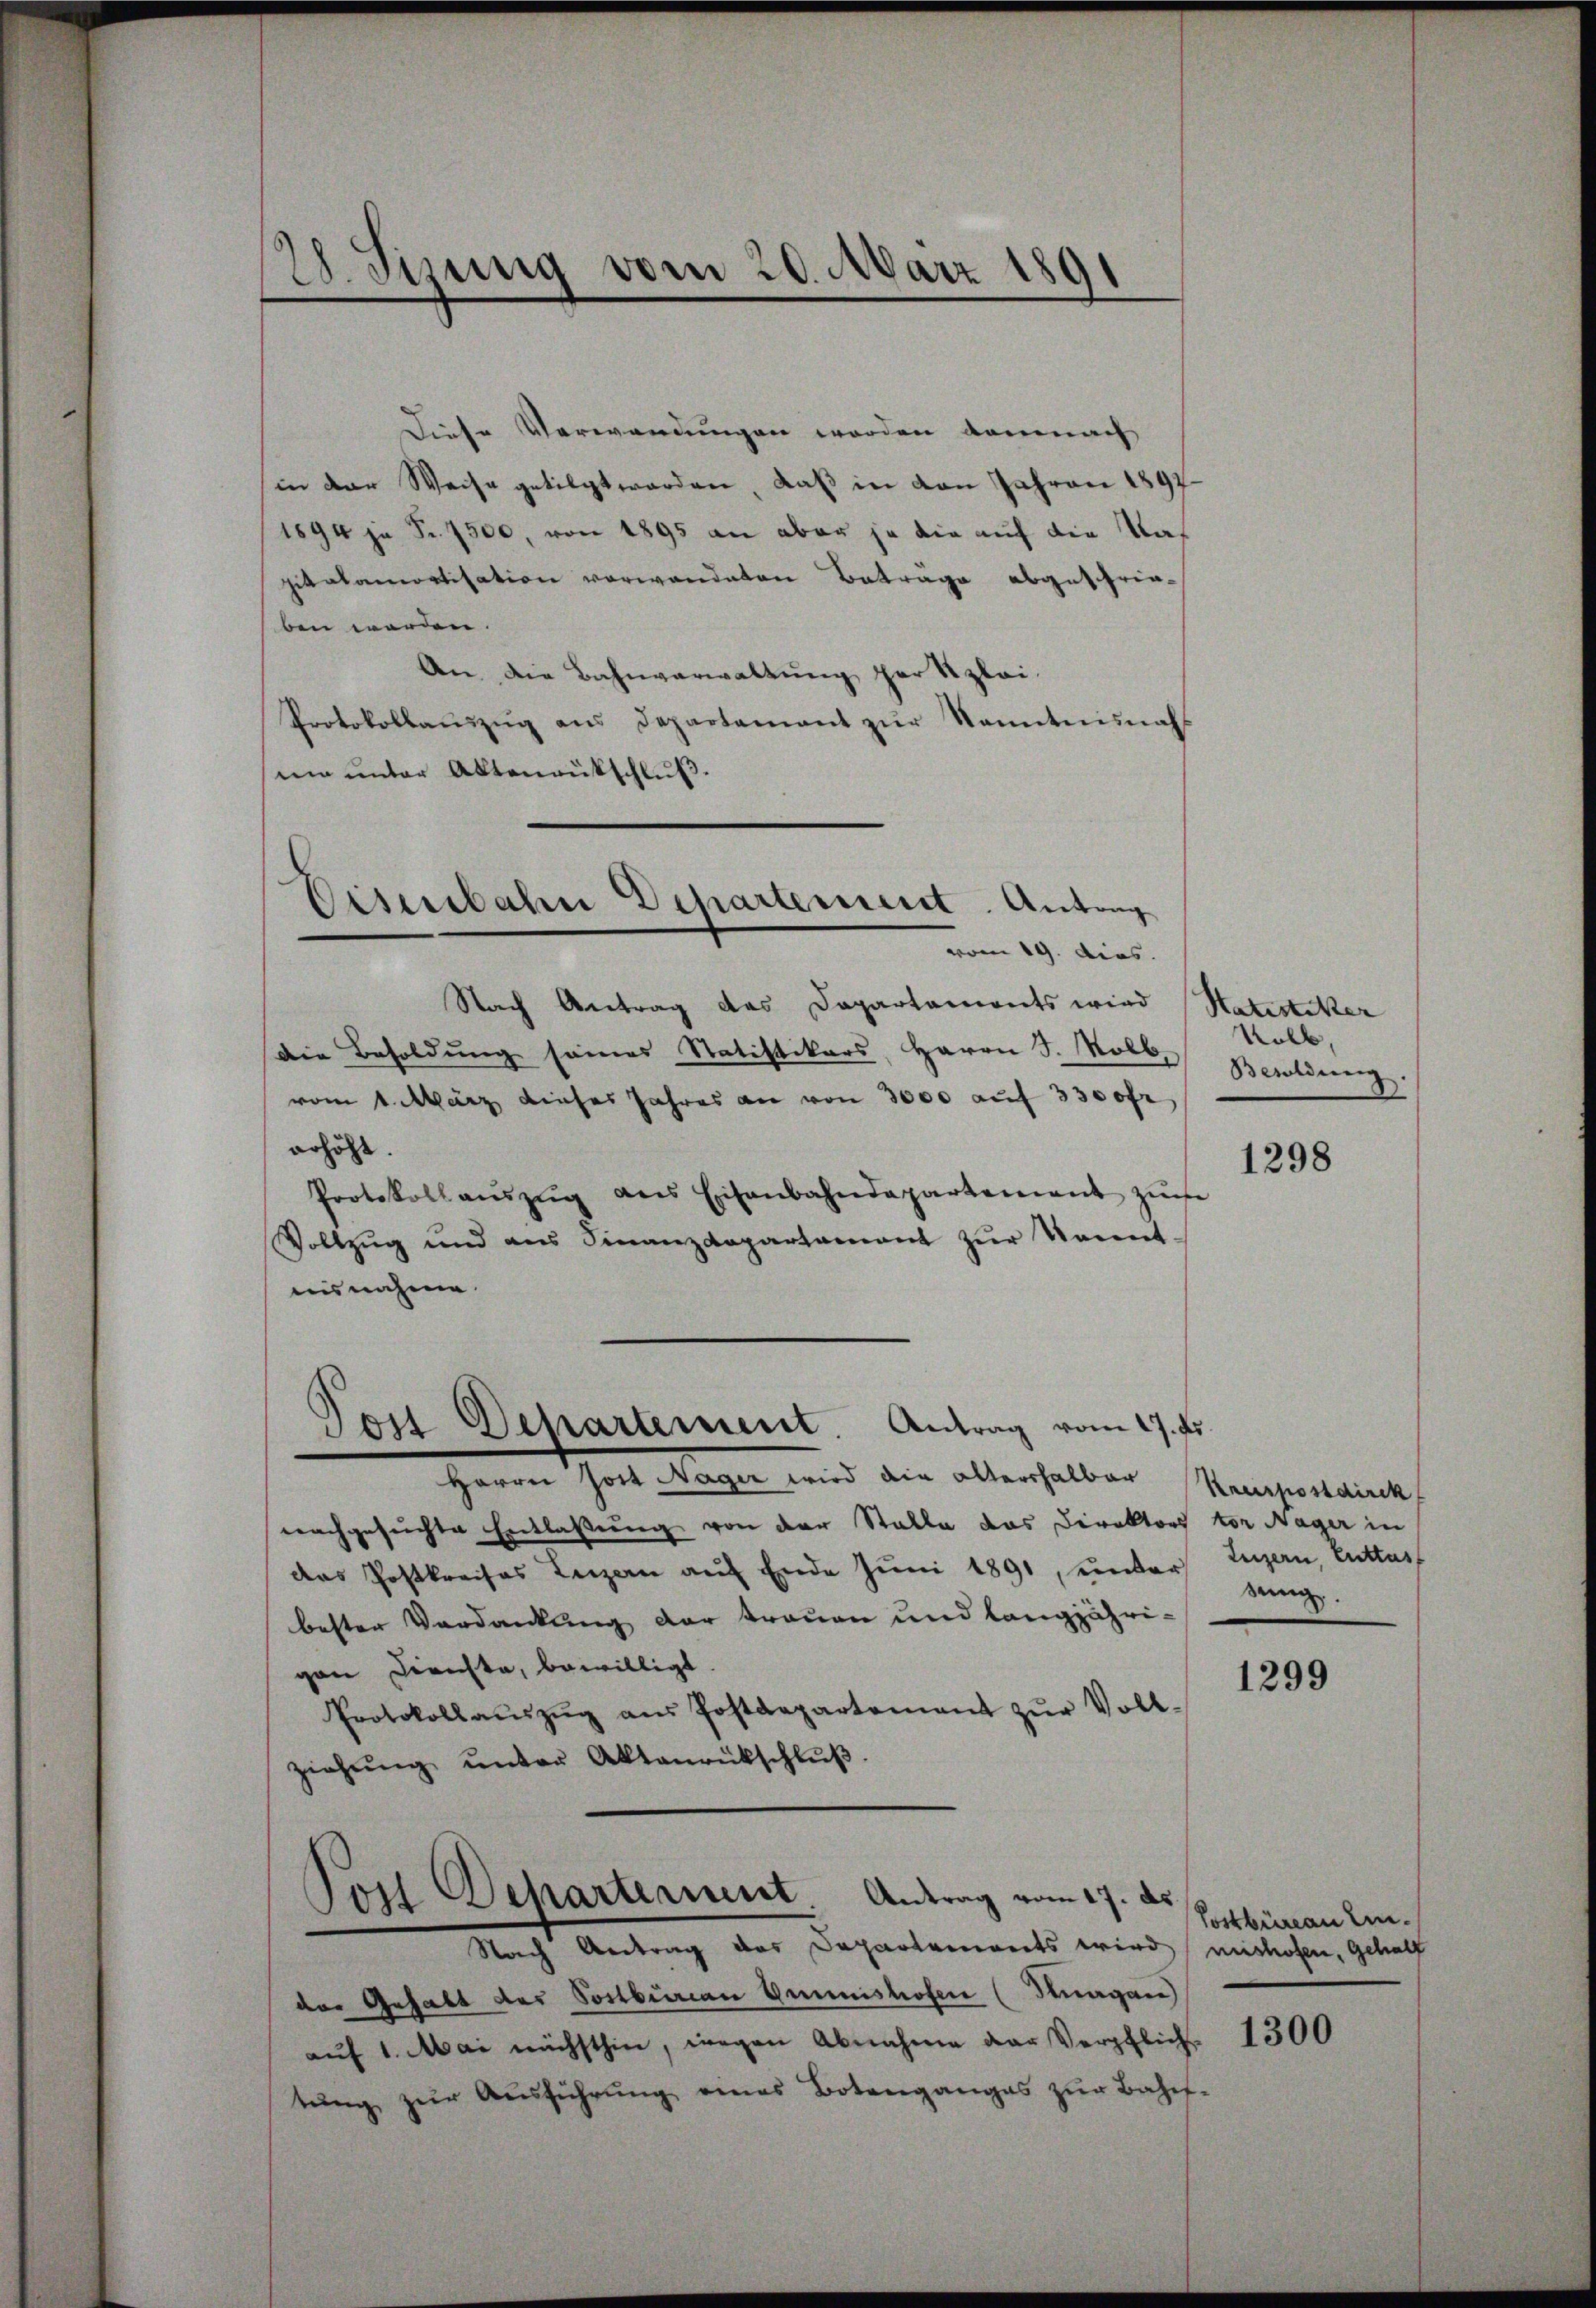
28. Sizung vom 20. März 1891

Diese Verwandungen worden demnach
in der Weise getilgt worden, daß in von Jahren 1897
1894 je Fr. 7500, von 1895 an aber ja die auf die Tas
pitalamortisation vorwandeten Betrage abgeschrieben werden.
An. Die Bahnverwaltung der Szlai.
Protokollaŭszŭg ans Departamant zŭr Sonntnisnah
ma unter Aktenrütschluß

Nach Antrag das Dapartaments wird Satistiker
Die Besoldung seines Statistikars, Herrn J. Kolb,
vom 1. März dieses Jahres an von 3000 auf 3300fr
erhöht.
Protokoll aŭszŭg ans Eisenbahndepartement zŭ
Vollzug und ans Finanzdepartament zŭr Nament.
aisnahme.

Cisenbahn Departement. Antrag
vom 19. dies.

Post Departement. Antrag vom 17. fs.

Herrn Jost Nager wird die altershalbar Kreispostdirek
nachgesuchte Entlaßung von der Stalle das Direktors vor Nager in
das Postkreises Luzern auf Ende Juni 1891, unter
bester Verdankung der trauen und langjährigan Berichte, bewilligt.
Protokollaŭszŭg aŭs Postdepartement zŭr Voll-
ziehŭng ŭnter Aktenrückschlŭβ.
Jost Departerint. Antrag vom 17. ds.
Nach Antrag des Departemonts wird mishofen, gehalf
der Gehalt des Sostbenan Gmunishofen (Suagan
aŭf 1. Mai nächsthin, wegen Abnahme der Verpflich
tŭng zŭr Aŭsführŭng eines Botenganges zŭr Bahns-

Kolb,
Besoldung.

1298

Luzern, Cuttas
seng

1299

Postbüreau ein.

1300